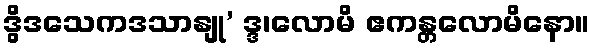
ဒွိဒသေကဒသာနျု’ ဒ္ဒ၊လောမိ ဧကန္တလောမိနော။